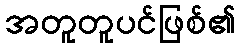
အတူတူပင်ဖြစ်၏